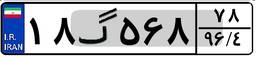
۱۸گ۵۶۸۷۸